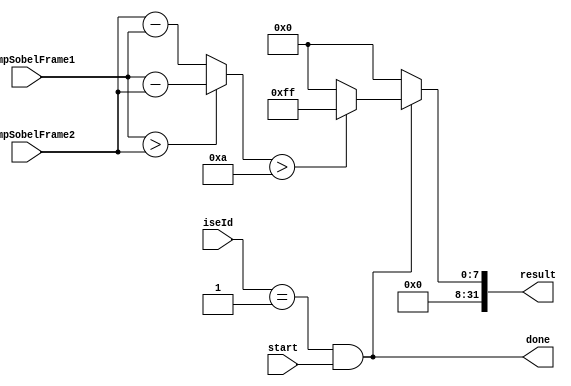
module motionDetect #(
    parameter [7:0] customInstructionId = 8'd1,  // Differ to sobelCi ID
    parameter [7:0] threshold = 8'd10            // Threshold for motion detection
) (
    input wire start,
    input wire [7:0] clampSobelFrame1,  // clampSobel for previous frame
    input wire [7:0] clampSobelFrame2,  // clampSobel for current frame
    input wire [7:0] iseId,
    output wire done,
    output wire [31:0] result
);

    wire s_isMyCustomInstruction = (iseId == customInstructionId) && start;

    // calculate the difference between two frames
    wire [7:0] diffSobel = (clampSobelFrame1 > clampSobelFrame2) ? (clampSobelFrame1 - clampSobelFrame2) : (clampSobelFrame2 - clampSobelFrame1);
    wire [7:0] motionDetected = (diffSobel > threshold) ? 8'hFF : 8'h00;

    assign result = s_isMyCustomInstruction ? {24'b0, motionDetected} : 32'd0;
    assign done = s_isMyCustomInstruction;

endmodule

/*module topModule (
    input wire start,
    input wire [31:0] valueA_frame1,
    input wire [31:0] valueB_frame1,
    input wire [31:0] valueA_frame2,
    input wire [31:0] valueB_frame2,
    input wire [7:0] iseId,
    output wire done,
    output wire [31:0] result
);

    wire done_sobel1, done_sobel2;
    wire [31:0] result_sobel1, result_sobel2;
    wire [7:0] clampSobel_frame1, clampSobel_frame2;

    //  sobelCi 
    sobelCi #(.customInstructionId(8'd0)) sobelCi_inst1 (
        .start(start),
        .valueA(valueA_frame1),
        .valueB(valueB_frame1),
        .iseId(iseId),
        .done(done_sobel1),
        .result(result_sobel1)
    );

    //  sobelCi 
    sobelCi #(.customInstructionId(8'd0)) sobelCi_inst2 (
        .start(start),
        .valueA(valueA_frame2),
        .valueB(valueB_frame2),
        .iseId(iseId),
        .done(done_sobel2),
        .result(result_sobel2)
    );

    assign clampSobel_frame1 = result_sobel1[7:0];
    assign clampSobel_frame2 = result_sobel2[7:0];

    //  motionDetect 
    motionDetect #(.customInstructionId(8'd1)) motionDetect_inst (
        .start(start),
        .clampSobelFrame1(clampSobel_frame1),
        .clampSobelFrame2(clampSobel_frame2),
        .iseId(iseId),
        .done(done),
        .result(result)
    );

endmodule
*/